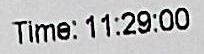
TIME: 11:29:00